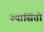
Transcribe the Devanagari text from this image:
ज्यासिंतो